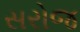
સરોજ